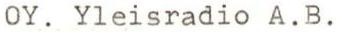
OY. Yleisradio A.B.